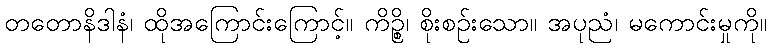
တတောနိဒါနံ၊ ထိုအကြောင်းကြောင့်။ ကိဉ္စိ၊ စိုးစဉ်းသော။ အပုညံ၊ မကောင်းမှုကို။